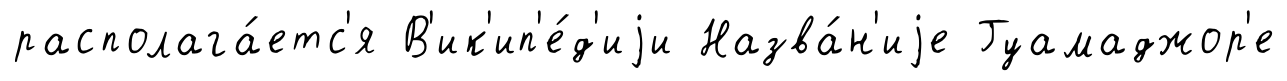
располага́етс'я В'ик'ип'е́д'иjи Назва́н'иjе Гуамаджор'е